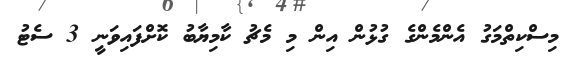
މިސްކިތްމަގު އެންމެންގެ ގުޅުން އިން މި މެޗު ކާމިޔާބު ކޮށްފައިވަނީ 3 ސެޓު